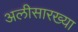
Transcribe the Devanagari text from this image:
अलीसारख्या